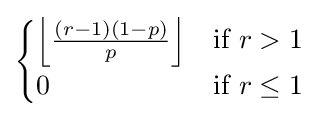
{\begin{cases}\left\lfloor {\frac {(r-1)(1-p)}{p}}\right\rfloor &{\text{if }}r>1\\0&{\text{if }}r\leq 1\end{cases}}